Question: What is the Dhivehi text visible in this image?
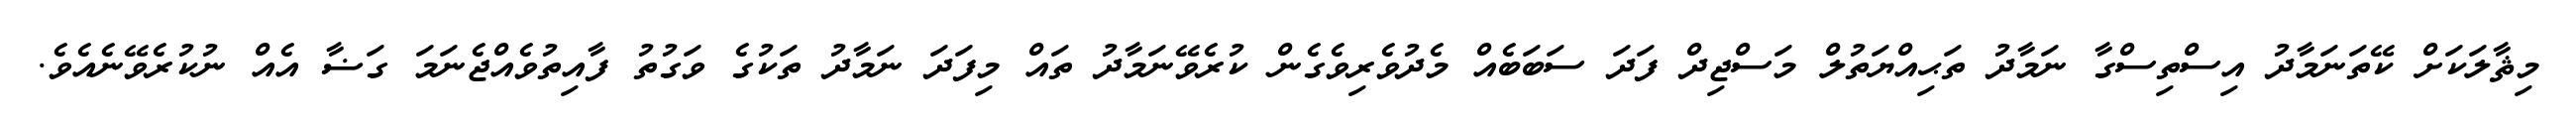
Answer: މިޘާލަކަށް ކޭތަނަމާދު އިސްތިސްގާ ނަމާދު ތަޙިއްޔަތުލް މަސްޖިދް ފަދަ ސަބަބެއް މެދުވެރިވެގެން ކުރެވޭނަމާދު ތައް މިފަދަ ނަމާދު ތަކުގެ ވަގުތު ފާއިތުވެއްޖެނަމަ ގަޟާ އެއް ނުކުރެވޭނެއެވެ.